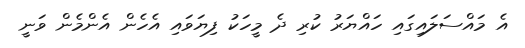
އެ މައްސަލައިގައި ހައްޔަރު ކުރި ދެ މީހަކު ފިޔަވައި އެހެން އެންމެން ވަނީ